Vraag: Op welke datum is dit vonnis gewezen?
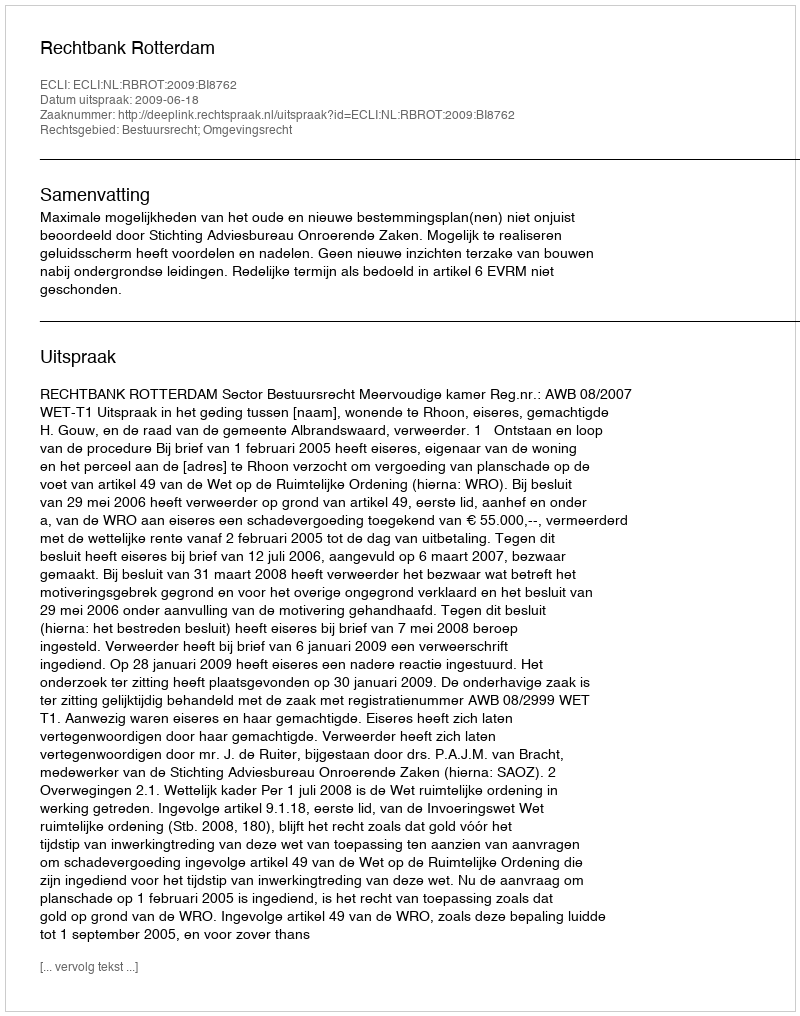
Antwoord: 2009-06-18